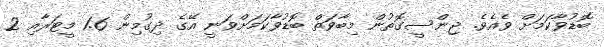
ބޮޑުވާކަމަށް ވެއެވެ. ޖިންސީގޮތުން މިބާވަތް ބޮޑުވާކަމަށްވަނީ އޭގެ ދިގުމިން 1.6 މީޓަރާއި 2